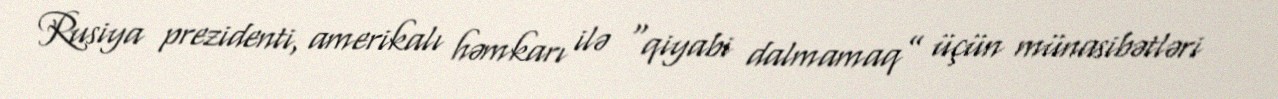
Rusiya prezidenti, amerikalı həmkarı ilə “qiyabi dalmamaq” üçün münasibətləri